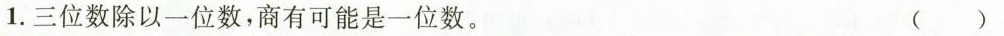
1.三位数除以一位数，商有可能是一位数。 ()